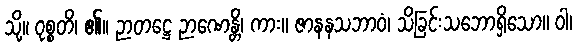
သို့။ ဝုစ္စတိ၊ ၏။ ဉာတဋ္ဌေ ဉာဏေန္တိ၊ ကား။ ဇာနနသဘာဝံ၊ သိခြင်းသဘောရှိသော။ ဝါ၊